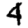
Digit: 4